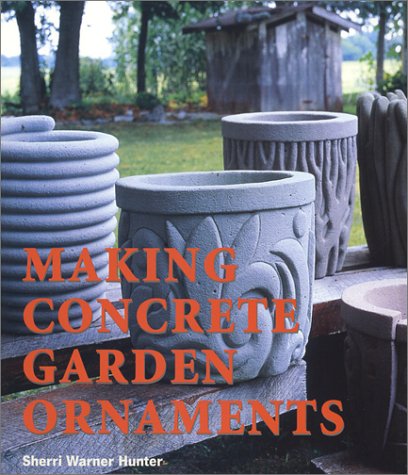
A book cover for Making Concrete Garden Ornaments; Sherri Warner Hunter; Crafts, Hobbies & Home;